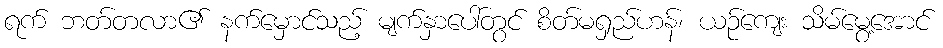
ရက် ဘတ်တလာ၏ နက်မှောင်သည့် မျက်နှာပေါ်တွင် စိတ်မရှည်ဟန်၊ ယဉ်ကျေး သိမ်မွေ့အောင်